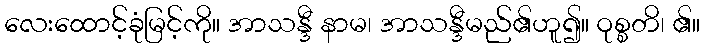
လေးထောင့်ခုံမြင့်ကို။ အာသန္ဒီ နာမ၊ အာသန္ဒီမည်၏ဟူ၍။ ဝုစ္စတိ၊ ၏။